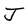
Character: J